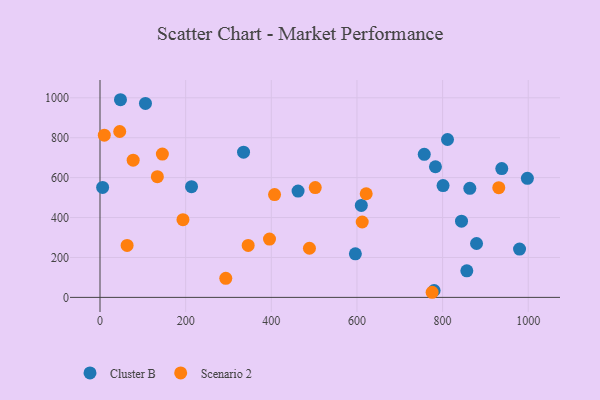
{"axis": {"x": "Experience", "y": "Rating"}, "legend": ["Cluster B", "Scenario 2"], "data": [{"x": "844.2", "y": 382.0, "type": "Cluster B"}, {"x": "780.2", "y": 34.5, "type": "Cluster B"}, {"x": "938.2", "y": 645.4, "type": "Cluster B"}, {"x": "106.1", "y": 972.1, "type": "Cluster B"}, {"x": "335.2", "y": 727.6, "type": "Cluster B"}, {"x": "801.1", "y": 560.0, "type": "Cluster B"}, {"x": "610.2", "y": 460.6, "type": "Cluster B"}, {"x": "863.6", "y": 546.4, "type": "Cluster B"}, {"x": "879.3", "y": 270.1, "type": "Cluster B"}, {"x": "6.1", "y": 550.9, "type": "Cluster B"}, {"x": "979.7", "y": 242.2, "type": "Cluster B"}, {"x": "462.5", "y": 532.7, "type": "Cluster B"}, {"x": "811.5", "y": 791.2, "type": "Cluster B"}, {"x": "757.2", "y": 716.8, "type": "Cluster B"}, {"x": "856.6", "y": 133.1, "type": "Cluster B"}, {"x": "213.7", "y": 554.6, "type": "Cluster B"}, {"x": "596.3", "y": 218.3, "type": "Cluster B"}, {"x": "783.3", "y": 654.6, "type": "Cluster B"}, {"x": "998.0", "y": 596.5, "type": "Cluster B"}, {"x": "47.8", "y": 990.4, "type": "Cluster B"}, {"x": "77.4", "y": 687.3, "type": "Scenario 2"}, {"x": "931.2", "y": 549.7, "type": "Scenario 2"}, {"x": "193.7", "y": 389.4, "type": "Scenario 2"}, {"x": "489.1", "y": 246.3, "type": "Scenario 2"}, {"x": "346.0", "y": 260.4, "type": "Scenario 2"}, {"x": "46.0", "y": 831.3, "type": "Scenario 2"}, {"x": "10.0", "y": 812.6, "type": "Scenario 2"}, {"x": "293.7", "y": 95.6, "type": "Scenario 2"}, {"x": "145.6", "y": 717.9, "type": "Scenario 2"}, {"x": "612.3", "y": 377.8, "type": "Scenario 2"}, {"x": "775.6", "y": 25.6, "type": "Scenario 2"}, {"x": "621.6", "y": 519.3, "type": "Scenario 2"}, {"x": "63.3", "y": 260.2, "type": "Scenario 2"}, {"x": "133.9", "y": 604.7, "type": "Scenario 2"}, {"x": "407.6", "y": 515.0, "type": "Scenario 2"}, {"x": "395.8", "y": 292.4, "type": "Scenario 2"}, {"x": "502.6", "y": 550.4, "type": "Scenario 2"}]}